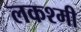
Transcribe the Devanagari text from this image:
लकश्मी